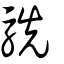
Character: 駪